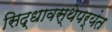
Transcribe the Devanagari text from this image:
सिद्धावस्थेपर्यंत